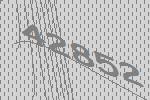
42852